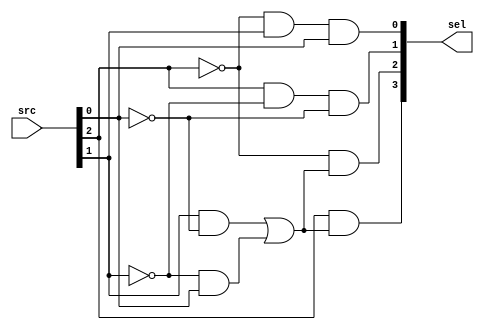
module booth_sel(
  input [2:0] src,
  output [3:0] sel

);
///y+1,y,y-1///
wire y_add,y,y_sub;
wire sel_negative,sel_double_negative,sel_positive,sel_double_positive;

assign {y_add,y,y_sub} = src;

assign sel_negative =  y_add & (y & ~y_sub | ~y & y_sub);
assign sel_positive = ~y_add & (y & ~y_sub | ~y & y_sub);
assign sel_double_negative =  y_add & ~y & ~y_sub;
assign sel_double_positive = ~y_add &  y &  y_sub;

assign sel={sel_negative,sel_positive,sel_double_negative,sel_double_positive};
endmodule